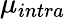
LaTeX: \mu_{intra}